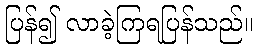
ပြန်၍ လာခဲ့ကြရပြန်သည်။